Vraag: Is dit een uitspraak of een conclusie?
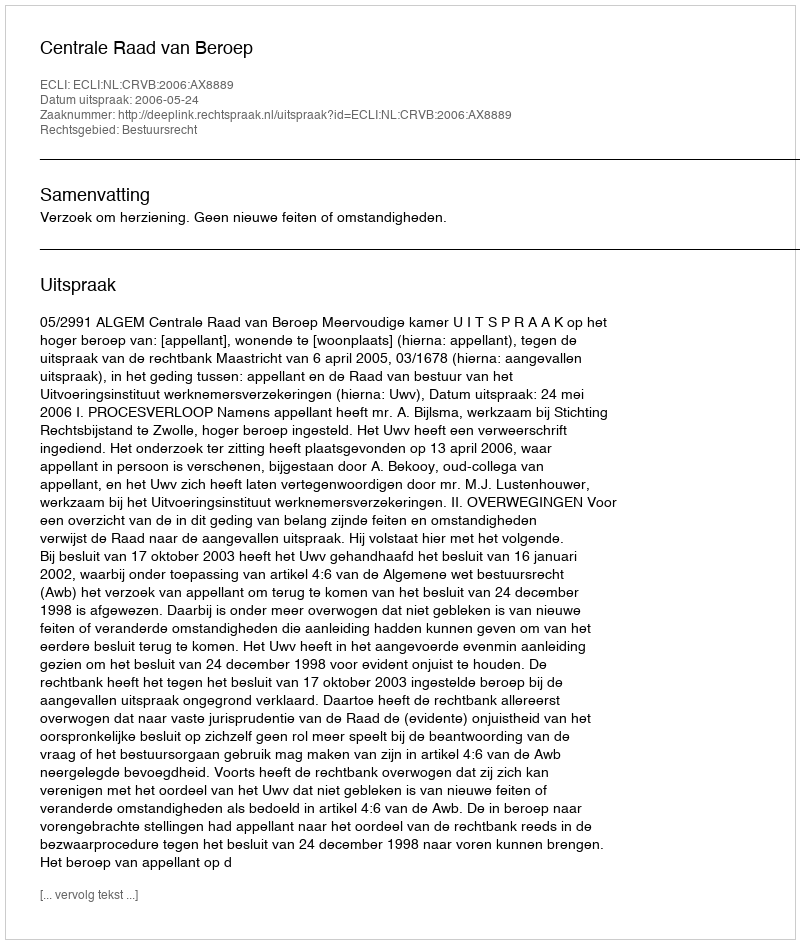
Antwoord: Uitspraak